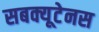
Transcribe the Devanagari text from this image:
सबक्यूटेनस